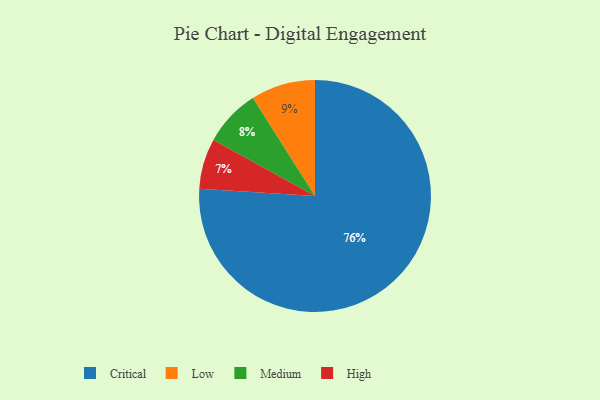
{"axis": {"x": "Category", "y": "Percentage"}, "legend": ["Critical", "High", "Low", "Medium"], "data": [{"x": "Medium", "y": 8, "type": "Medium"}, {"x": "High", "y": 7, "type": "High"}, {"x": "Critical", "y": 76, "type": "Critical"}, {"x": "Low", "y": 9, "type": "Low"}]}